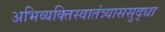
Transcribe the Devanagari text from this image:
अभिव्यक्तिस्वातंत्र्याससुद्धा